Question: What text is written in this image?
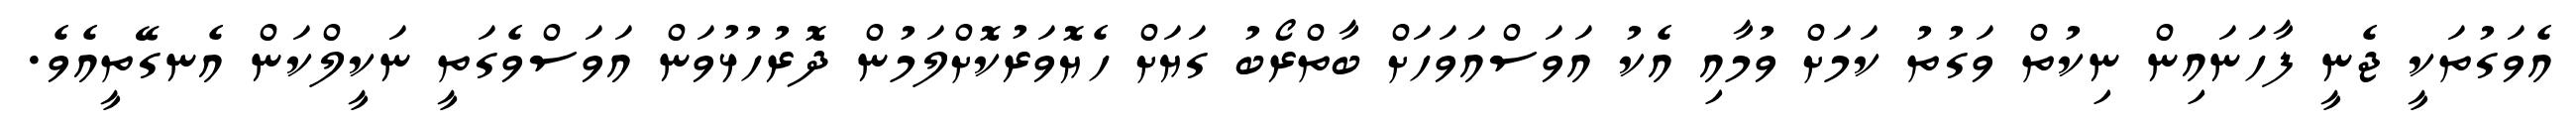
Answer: އެވަގުތަކީ ޖެނީ ފާހަނައިން ނިކުތް ވަގުތު ކަމަށް ވުމާއި އެކު އަވަސްއަވަހަށް ބާތްރޯބު ގަޔަށް ހެޔޮވަރުކޮށްލަމުން ދޮރުހުޅުވަން އަވަސްވެގަތީ ނަކީލްކަން އެނގޭތީއެވެ.